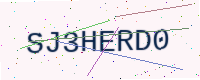
Text: SJ3HERD0